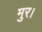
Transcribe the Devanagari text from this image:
मुर।